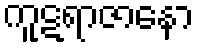
ကူဋရာဇာနော